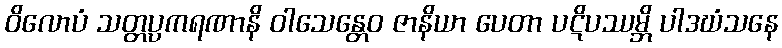
ဝိလောပံ သတ္တပ္ပကရဏာနိ ဝါသေန္တေဝ ဇာနိယာ ပေတာ ပဋိပဿမ္ဘိ ပါဒဃံသနေ